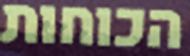
הכוחות